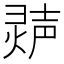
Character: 𬊽